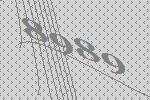
8989